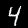
Digit: 4